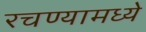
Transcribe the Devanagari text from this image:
रचण्यामध्ये